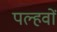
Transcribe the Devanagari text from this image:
पल्हवों